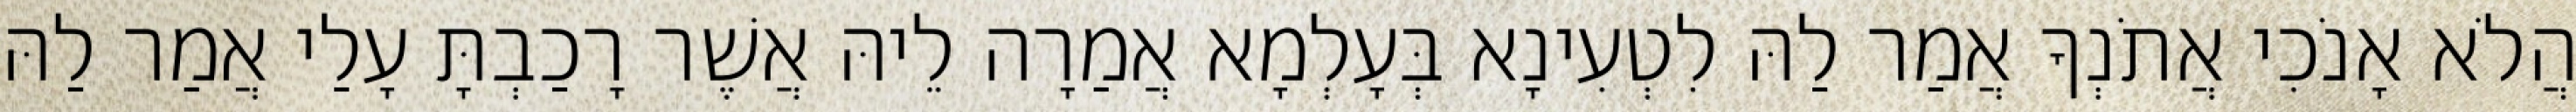
הֲלֹא אָנֹכִי אֲתֹנְךָ אֲמַר לַהּ לִטְעִינָא בְּעָלְמָא אֲמַרָה לֵיהּ אֲשֶׁר רָכַבְתָּ עָלַי אֲמַר לַהּ